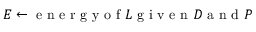
E \gets \mathrm { ~ e ~ n ~ e ~ r ~ g ~ y ~ o ~ f ~ } L \mathrm { ~ g ~ i ~ v ~ e ~ n ~ } D \mathrm { ~ a ~ n ~ d ~ } P